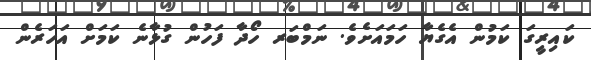
ކައިރީގަ ކަމުން އެގެޔާ ހަމައަށެވެ. ނަމްބަރ ހޯދާ ފަހުން ގުޅާނެ ކަމަށް އަހަރެން